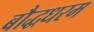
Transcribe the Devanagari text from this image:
बौद्धधरम